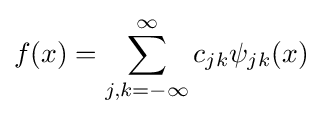
f(x)=\sum _{j,k=-\infty }^{\infty }c_{jk}\psi _{jk}(x)